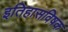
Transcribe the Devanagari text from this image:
इतिहासविषक